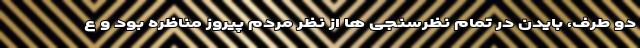
دو طرف، بایدن در تمام نظرسنجی ها از نظر مردم پیروز مناظره بود و ع